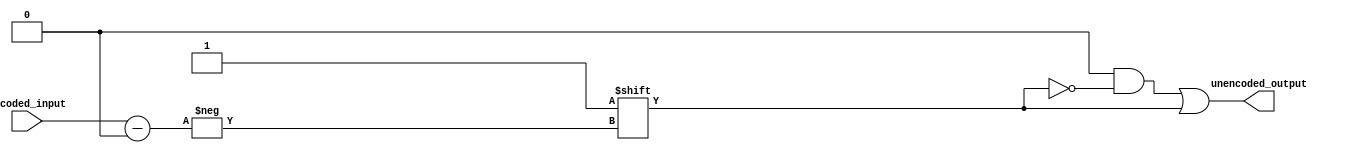
/***************************************************
 * $Id$
 *
 * Module: decoder.v
 * Project: NF2.1
 * Description: parametrizable binary decoder.
 *
 * Usually just specify the INPUT_WIDTH. OUTPUT_WIDTH
 * is optional. Defaults to 2**INPUT_WIDTH.
 ***************************************************/

module decoder
  #(parameter INPUT_WIDTH  = 5,
    parameter OUTPUT_WIDTH = 2**INPUT_WIDTH
    )

    (input [INPUT_WIDTH-1:0]   encoded_input,
     output reg [OUTPUT_WIDTH-1:0] unencoded_output);

   always@(*) begin
      unencoded_output = 0;
      unencoded_output[encoded_input] = 1'b1;
   end
endmodule